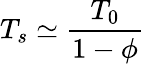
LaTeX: T_{s}\simeq\frac{T_{0}}{1-{\phi}}